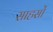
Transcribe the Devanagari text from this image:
साहसों